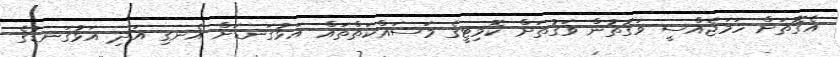
އެގޮތަށް ހަމަޖެއްސީ ވަގުތުން ވަގުތަށް ކޮމިޓީގެ މަސައްކަތްތައް އަޅުގަނޑަށް އެނގި އަދި އަޅުގަނޑުގެ